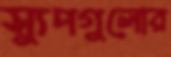
স্যুপগুলোর